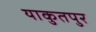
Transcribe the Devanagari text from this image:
याकुतपुर